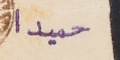
حميدا.